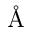
\mathrm { \AA }